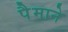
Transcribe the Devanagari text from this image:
पैेमाने